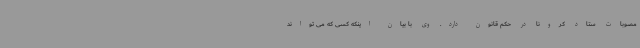
مصوبات ستاد کرونا در حکم قانون دارد. وی با بیان اینکه کسی که می تواند